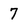
Character: 7